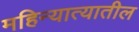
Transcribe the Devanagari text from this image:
महिन्यात्यातील